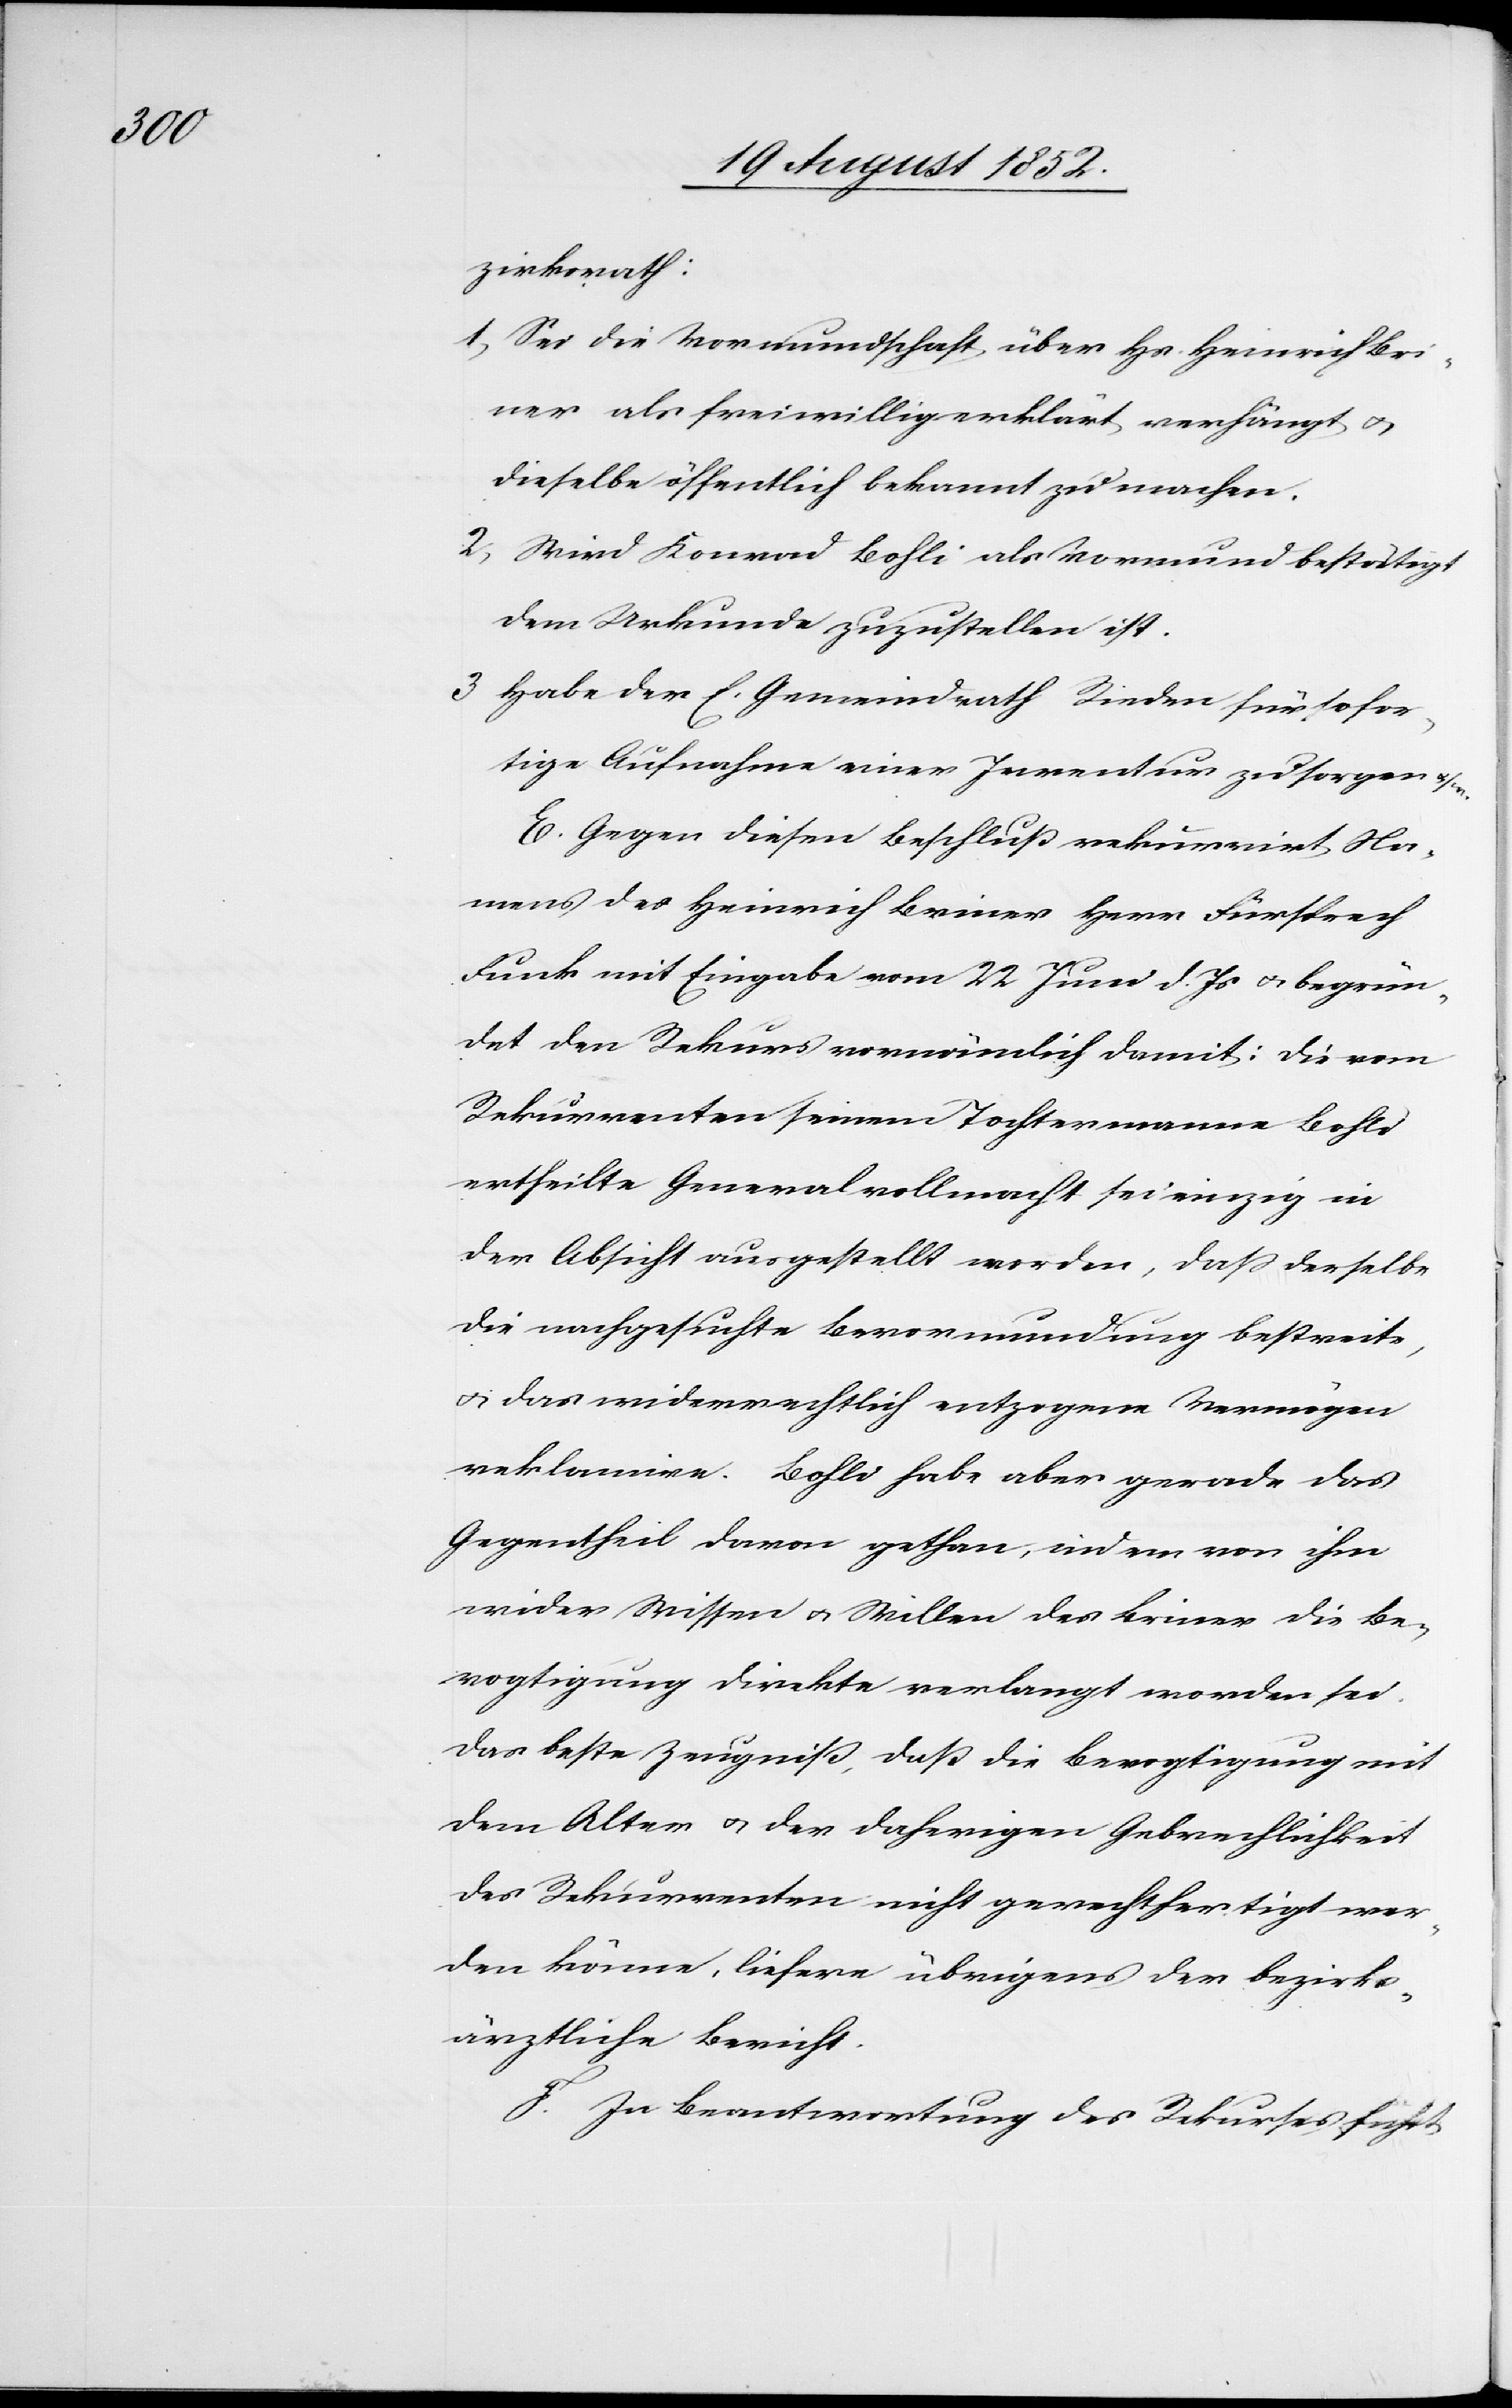
zirksrath:
Sei die Vormundschaft über Hs. Heinrich Bri¬
ner als freiwillig erklärt verhängt &
dieselbe öffentlich bekannt zu machen.
Wird Konrad Bohli als Vormund bestätigt
dem Urkunde zuzustellen ist.
Habe der E. Gemeindrath Rieden für sofor¬
tige Aufnahme einer Inventur zu sorgen & s w.
E. Gegen diesen Beschluß rekurrirt Na¬
mens des Heinrich Briner Herr Fürsprech
Funk mit Eingabe vom 22 Juni d. Js & begrün¬
det den Rekurs vornämlich damit: Die vom
Rekurrenten seinem Tochtermanne Bohli
ertheilte Generalvollmacht sei einzig in
der Absicht ausgestellt worden, dass derselbe
die nachgesuchte Bevormundung bestreite,
& das widerrechtlich entzogene Vermögen
reklamire. Bohli habe aber gerade das
Gegentheil davon gethan, indem von ihm
wider Wissen & Willen des Briner die Be¬
vogtigung direkte verlangt worden sei.
Das beste Zeugniß, daß die Bevogtigung mit
dem Alter & der daherigen Gebrechlichkeit
des Rekurrenten nicht gerechtfertigt wer¬
den könne, liefere übrigens der bezirks¬
ärztliche Bericht.
F. In Beantwortung des Rekurses führt